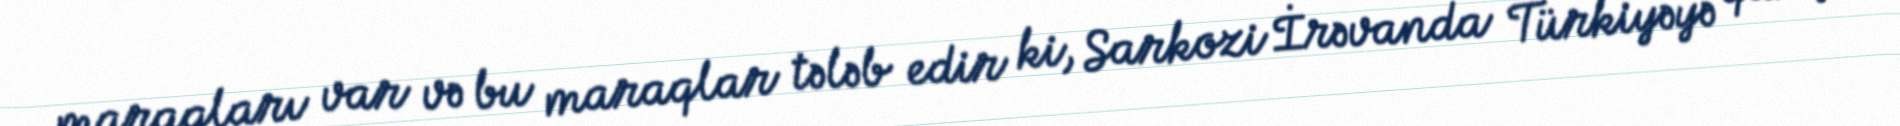
maraqları var və bu maraqlar tələb edir ki, Sarkozi İrəvanda Türkiyəyə qarşı